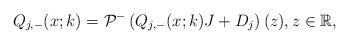
LaTeX: \begin{align*}Q_{j,-}(x;k)=\mathcal{P}^-\left(Q_{j,-}(x;k) J +D_j\right)(z), z \in \mathbb{R},\end{align*}